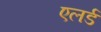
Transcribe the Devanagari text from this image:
एलर्ड